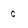
Character: c